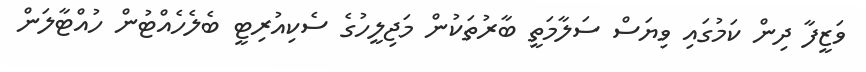
ވަޒީފާ ދިން ކަމުގައި ވިޔަސް ސަލާމަތީ ބާރުތަކުން މަޖިލީހުގެ ސެކިއުރިޓީ ބެލެހެއްޓުން ހުއްޓާލަން